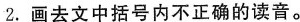
2. 画去文中括号内不正确的读音。